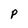
Character: P